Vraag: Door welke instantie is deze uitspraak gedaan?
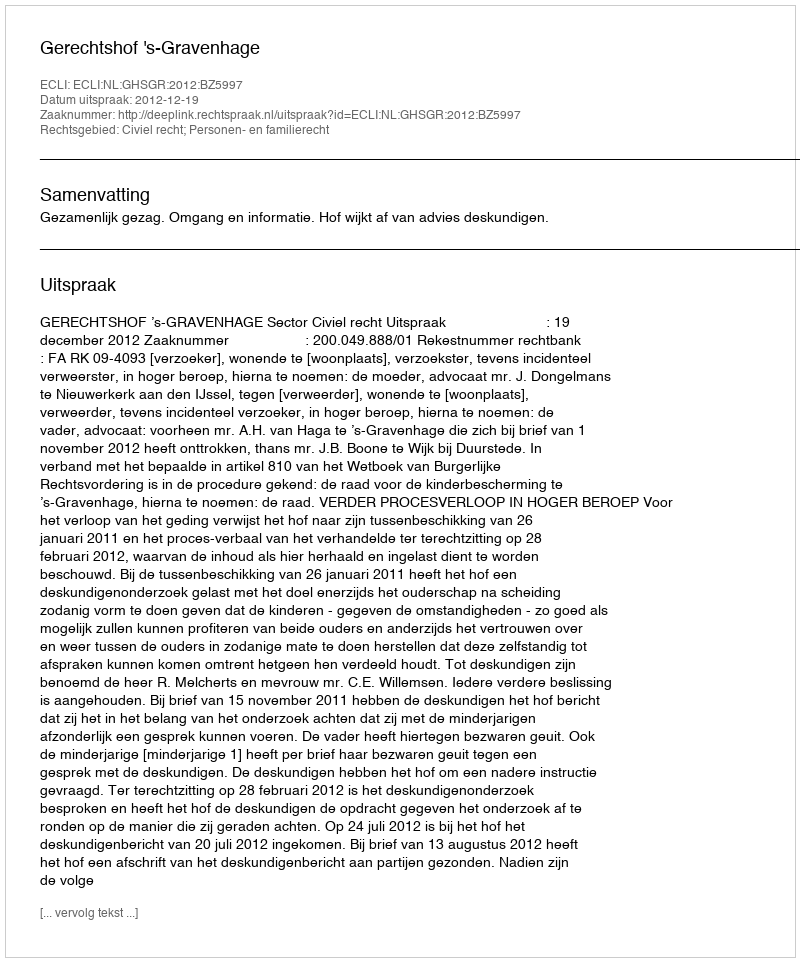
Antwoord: Gerechtshof 's-Gravenhage